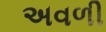
અવળી